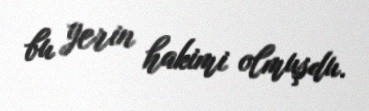
bu yerin hakimi olmuşdu.